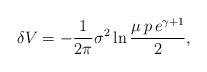
LaTeX: \begin{align*}\delta V = - \frac{1}{2\pi} \sigma^2 \ln \frac{\mu \, p \, e^{\gamma+1}}{2},\end{align*}